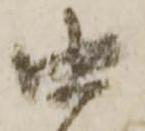
由